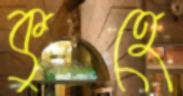
কুহে